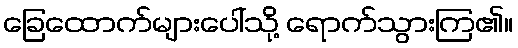
ခြေထောက်များပေါ်သို့ ရောက်သွားကြ၏။